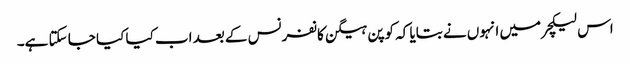
اس لیکچرمیں انہوں نے بتایا کہ کوپن ہیگن کانفرنس کے بعد اب کیا کیا جا سکتا ہے۔